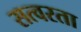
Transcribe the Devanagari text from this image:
सत्वरता